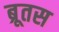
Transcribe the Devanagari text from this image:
ब्रूतस